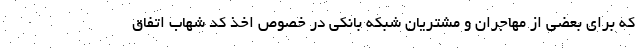
که برای بعضی از مهاجران و مشتریان شبکه بانکی در خصوص اخذ کد شهاب اتفاق